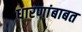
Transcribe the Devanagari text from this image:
धारणांबाबत